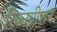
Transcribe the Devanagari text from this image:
रिकाग्नीशन